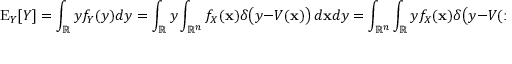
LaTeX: \operatorname { E } _ { Y } [ Y ] = \int _ { \mathbb { R } } y f _ { Y } ( y ) d y = \int _ { \mathbb { R } } y \int _ { { \mathbb { R } } ^ { n } } f _ { X } ( \mathbf { x } ) \delta { \big ( } y - V ( \mathbf { x } ) { \big ) } \, d \mathbf { x } d y = \int _ { { \mathbb { R } } ^ { n } } \int _ { \mathbb { R } } y f _ { X } ( \mathbf { x } ) \delta { \big ( } y - V ( \mathbf { x } ) { \big ) } \, d y d \mathbf { x } = \int _ { { \mathbb { R } } ^ { n } } V ( \mathbf { x } ) f _ { X } ( \mathbf { x } ) d \mathbf { x } = \operatorname { E } _ { X } [ V ( X ) ] .